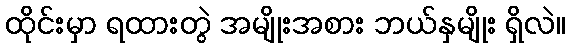
ထိုင်းမှာ ရထားတွဲ အမျိုးအစား ဘယ်နှမျိုး ရှိလဲ။